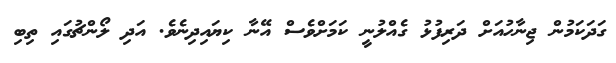
ގަދަކަމުން ޖިނާހުއަށް ދަރިފުޅު ގެއްލުނީ ކަމަށްވެސް އޭނާ ކިޔައިދިނެވެ. އަދި ލޯންޗުގައި ތިބި